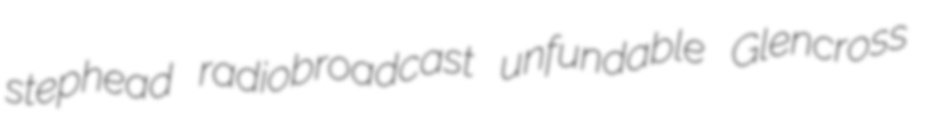
stephead radiobroadcast unfundable Glencross